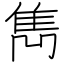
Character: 雋